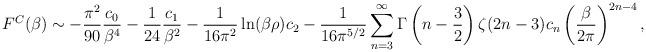
LaTeX: \begin{align*}F^C(\beta) \sim -{\pi^2 \over 90} {c_0 \over \beta^4}- {1 \over24} {c_1 \over \beta^2}-{1 \over 16 \pi^2}\ln(\beta\rho)c_2-{1 \over 16\pi^{5/2}}\sum_{n=3}^{\infty} \Gamma\left(n-\frac 32\right)\zeta(2n-3)c_n\left({\beta \over 2\pi}\right)^{2n-4},\end{align*}